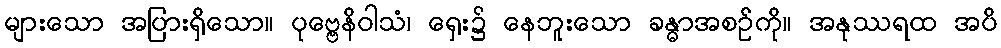
များသော အပြားရှိသော။ ပုဗ္ဗေနိဝါသံ၊ ရှေး၌ နေဘူးသော ခန္ဓာအစဉ်ကို။ အနုဿရထ အပိ